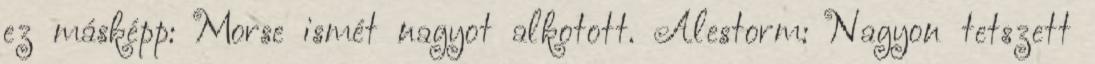
ez másképp: Morse ismét nagyot alkotott. Alestorm: Nagyon tetszett